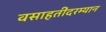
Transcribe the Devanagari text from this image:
वसाहतींदरम्यान